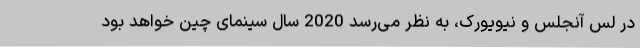
در لس آنجلس و نیویورک، به نظر می‌رسد 2020 سال سینمای چین خواهد بود